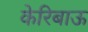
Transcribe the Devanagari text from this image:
केरिबाऊ